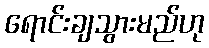
ရောင်းချသွားမည်ဟု